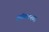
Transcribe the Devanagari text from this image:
स्कॅम्पटनच्या